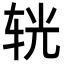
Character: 𨐈